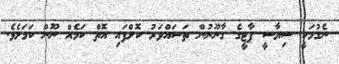
ނެގުމަކީ ސިޔާސީ ޕާޓީގެ ގާނޫނުން ތަސައްވަރު ކޮށްފައި އޮތް ކަމެއް ނޫން ކަމަށެވެ.